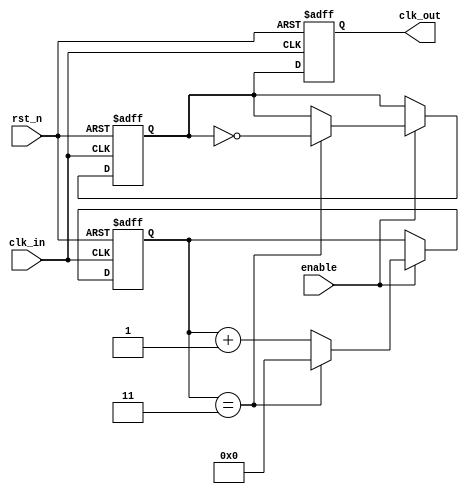
module clock_divider #(
    parameter N = 4 // Default division factor
)(
    input wire clk_in,
    input wire rst_n,   // Asynchronous reset (active low)
    input wire enable,   // Enable signal for the output clock
    output reg clk_out   // Divided output clock
);

    reg [31:0] counter; // Counter to track clock pulses
    reg clk_out_buf;    // Buffered output clock signal
    wire clk_edge;      // Used for edge detection

    // Edge detection logic
    assign clk_edge = clk_in && !clk_out_buf;

    // Always block for clock division and output clock generation
    always @(posedge clk_in or negedge rst_n) begin
        if (!rst_n) begin
            counter <= 0;                // Reset the counter
            clk_out_buf <= 0;           // Reset the buffered output clock
        end else if (enable) begin
            if (counter == (N-1)) begin
                clk_out_buf <= ~clk_out_buf; // Toggle the buffered output clock
                counter <= 0;                // Reset the counter
            end else begin
                counter <= counter + 1;      // Increment the counter
            end
        end
    end

    // Assign the buffered output clock to the output port
    always @(posedge clk_in or negedge rst_n) begin
        if (!rst_n) begin
            clk_out <= 0; // Initialize output clock
        end else begin
            clk_out <= clk_out_buf; // Output the buffered clock signal
        end
    end

endmodule